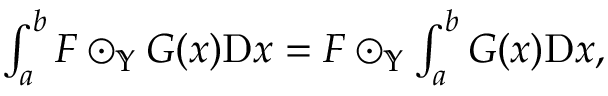
\begin{array} { r } { \int _ { a } ^ { b } F \odot _ { \mathbb { Y } } G ( x ) \mathrm { D } x = F \odot _ { \mathbb { Y } } \int _ { a } ^ { b } G ( x ) \mathrm { D } x , } \end{array}